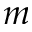
m